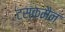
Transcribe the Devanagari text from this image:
टस्कमैन